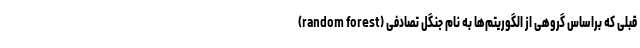
قبلی که براساس گروهی از الگوریتم‌ها به نام جنگل تصادفی (random forest)